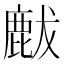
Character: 𪊝